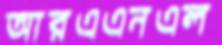
আরএএনএল